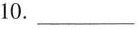
10.___